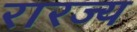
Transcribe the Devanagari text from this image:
रारज्य